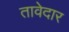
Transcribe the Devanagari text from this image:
तावेदार